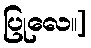
ပြုလေ။]